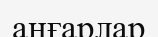
аңғарлар